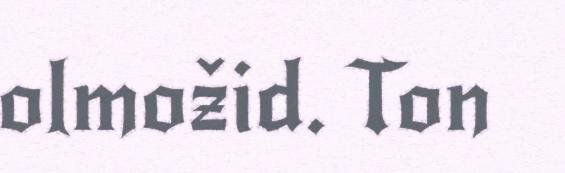
olmožid. Ton